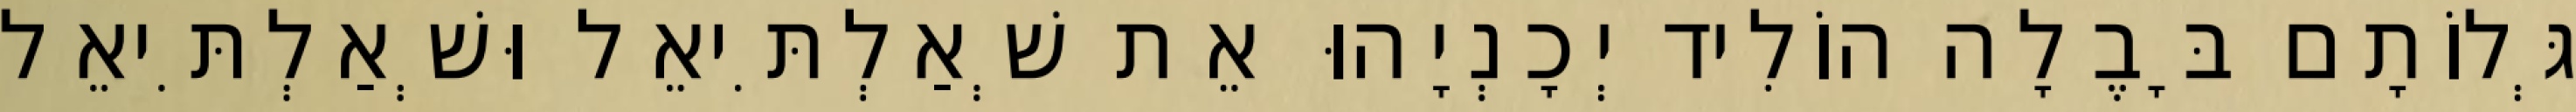
גְּלוֹתָם בָּבֶלָה הוֹלִיד יְכָנְיָהוּ אֵת שְׁאַלְתִּיאֵל וּשְׁאַלְתִּיאֵל